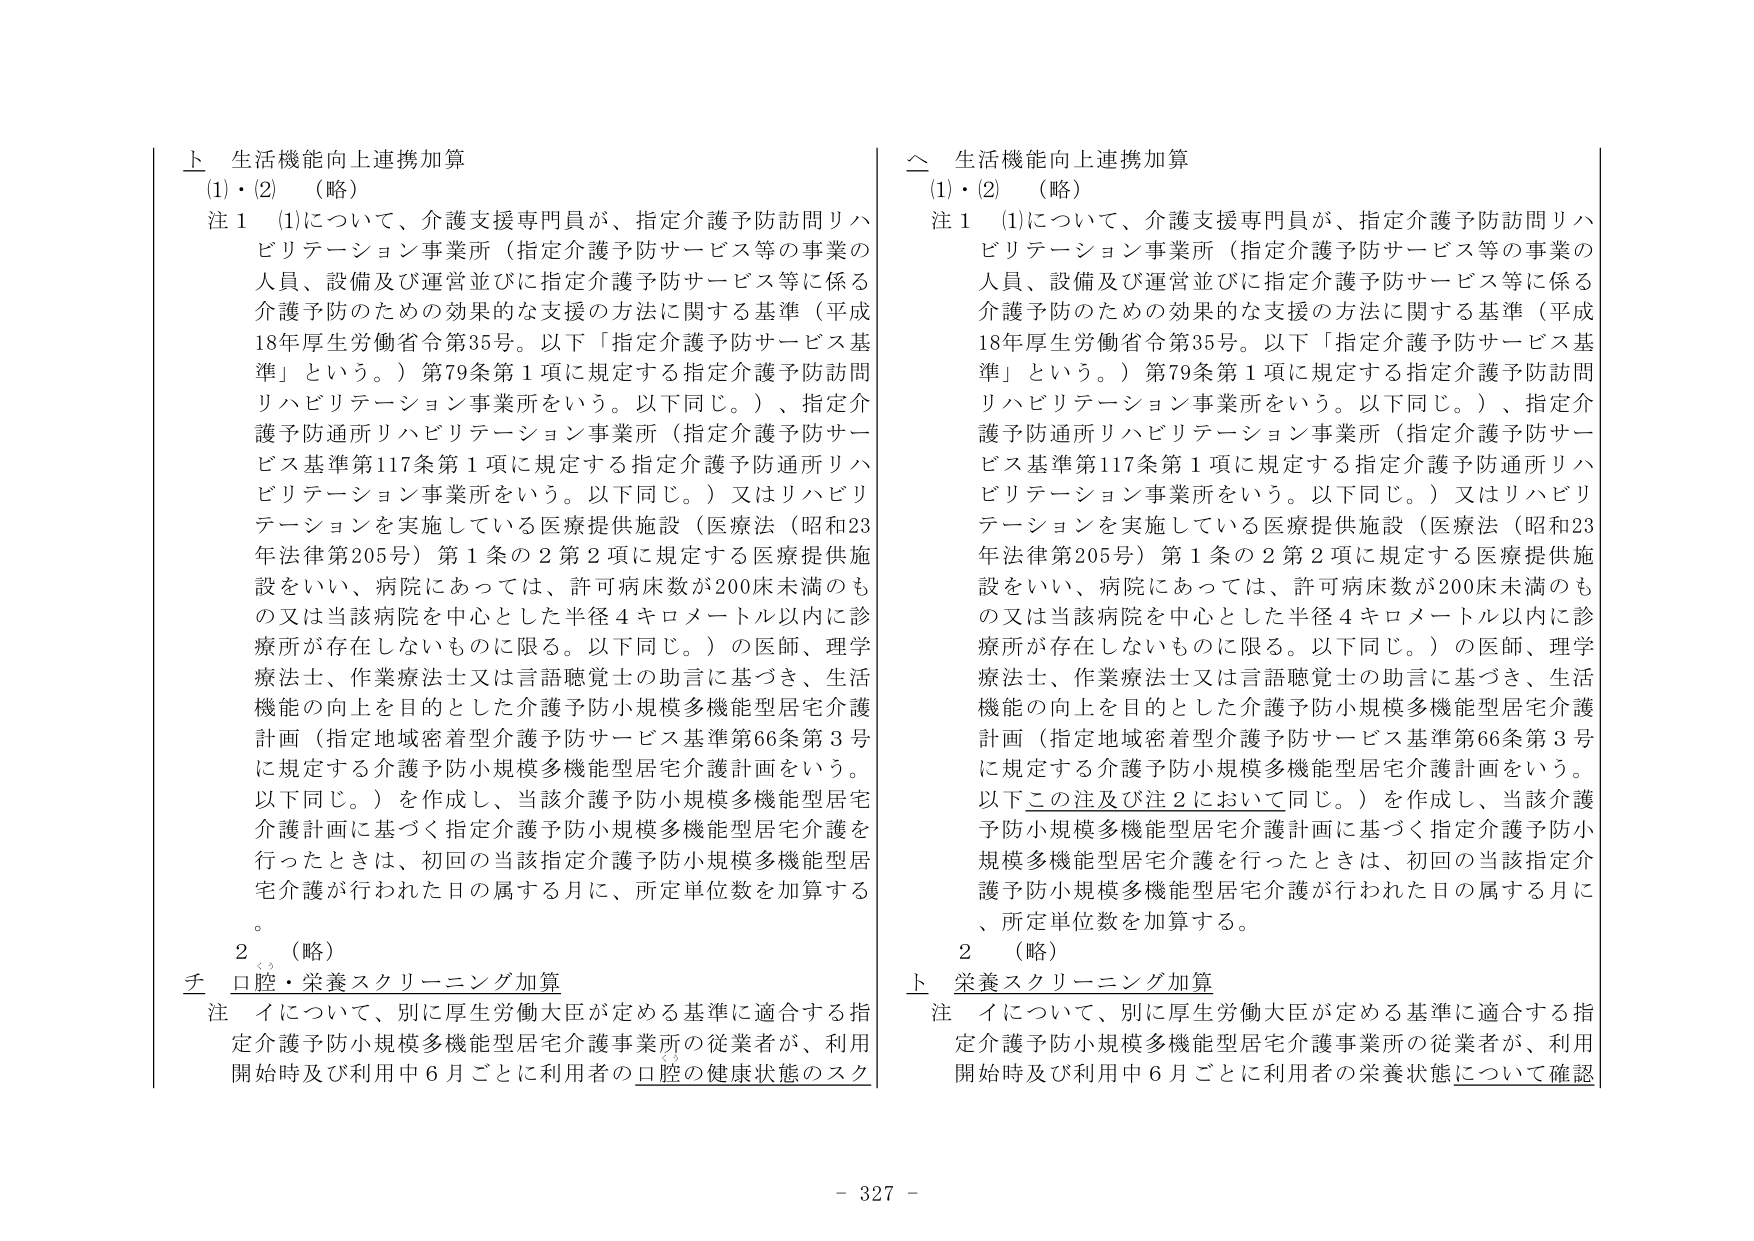
ト 生活機能向上連携加算
(1)・(2) （略）
注１ (1)について、介護支援専門員が、指定介護予防訪問リハビリテーション事業所（指定介護予防サービス等の事業の人員、設備及び運営並びに指定介護予防サービス等に係る介護予防のための効果的な支援の方法に関する基準（平成18年厚生労働省令第35号。以下「指定介護予防サービス基準」という。）第79条第1項に規定する指定介護予防訪問リハビリテーション事業所をいう。以下同じ。）、指定介護予防通所リハビリテーション事業所（指定介護予防サービス基準第117条第1項に規定する指定介護予防通所リハビリテーション事業所をいう。以下同じ。）又はリハビリテーションを実施している医療提供施設（医療法（昭和23年法律第205号）第1条の2第2項に規定する医療提供施設をいい、病院にあっては、許可病床数が200床未満のもの又は当該病院を中心とした半径4キロメートル以内に診療所が存在しないものに限る。以下同じ。）の医師、理学療法士、作業療法士又は言語聴覚士の助言に基づき、生活機能の向上を目的とした介護予防小規模多機能型居宅介護計画（指定地域密着型介護予防サービス基準第66条第3号に規定する介護予防小規模多機能型居宅介護計画をいう。以下同じ。）を作成し、当該介護予防小規模多機能型居宅介護計画に基づく指定介護予防小規模多機能型居宅介護を行ったときは、初回の当該指定介護予防小規模多機能型居宅介護が行われた日の属する月に、所定単位数を加算する。

２ （略）
チ 口腔・栄養スクリーニング加算
注 イについて、別に厚生労働大臣が定める基準に適合する指定介護予防小規模多機能型居宅介護事業所の従業者が、利用開始時及び利用中6月ごとに利用者の口腔の健康状態のスクリーニングを行うこと。

△ 生活機能向上連携加算
(1)・(2) （略）
注１ (1)について、介護支援専門員が、指定介護予防訪問リハビリテーション事業所（指定介護予防サービス等の事業の人員、設備及び運営並びに指定介護予防サービス等に係る介護予防のための効果的な支援の方法に関する基準（平成18年厚生労働省令第35号。以下「指定介護予防サービス基準」という。）第79条第1項に規定する指定介護予防訪問リハビリテーション事業所をいう。以下同じ。）、指定介護予防通所リハビリテーション事業所（指定介護予防サービス基準第117条第1項に規定する指定介護予防通所リハビリテーション事業所をいう。以下同じ。）又はリハビリテーションを実施している医療提供施設（医療法（昭和23年法律第205号）第1条の2第2項に規定する医療提供施設をいい、病院にあっては、許可病床数が200床未満のもの又は当該病院を中心とした半径4キロメートル以内に診療所が存在しないものに限る。以下同じ。）の医師、理学療法士、作業療法士又は言語聴覚士の助言に基づき、生活機能の向上を目的とした介護予防小規模多機能型居宅介護計画（指定地域密着型介護予防サービス基準第66条第3号に規定する介護予防小規模多機能型居宅介護計画をいう。以下この注及び注2において同じ。）を作成し、当該介護予防小規模多機能型居宅介護計画に基づく指定介護予防小規模多機能型居宅介護を行ったときは、初回の当該指定介護予防小規模多機能型居宅介護が行われた日の属する月に、所定単位数を加算する。

２ （略）
ト 栄養スクリーニング加算
注 イについて、別に厚生労働大臣が定める基準に適合する指定介護予防小規模多機能型居宅介護事業所の従業者が、利用開始時及び利用中6月ごとに利用者の栄養状態について確認を行うこと。

- 327 -